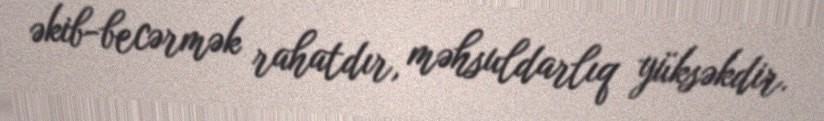
əkib-becərmək rahatdır, məhsuldarlıq yüksəkdir.